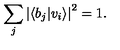
\sum _ { j } \left| \left\langle b _ { j } | v _ { i } \right\rangle \right| ^ { 2 } = 1 .